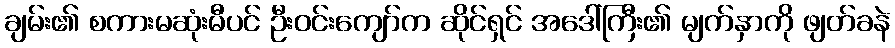
ချမ်း၏ စကားမဆုံးမီပင် ဦးဝင်းကျော်က ဆိုင်ရှင် အဒေါ်ကြီး၏ မျက်နှာကို ဖျတ်ခနဲ